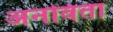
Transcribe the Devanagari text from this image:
अनविता